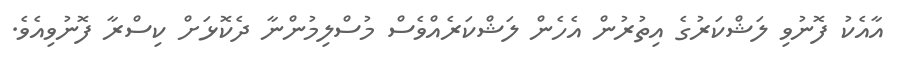
އާއެކު ފޮނުވި ލަޝްކަރުގެ އިތުރުން އެހެން ލަޝްކަރެއްވެސް މުސްލިމުންނާ ދެކޮޅަށް ކިސްރާ ފޮނުވިއެވެ.